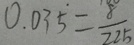
0 . 0 3 5 = \frac { 8 } { 2 2 5 }